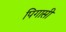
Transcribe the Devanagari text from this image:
पिगासी